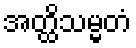
အတ္ထိသမ္မတံ